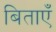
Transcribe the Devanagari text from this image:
बिताएँ